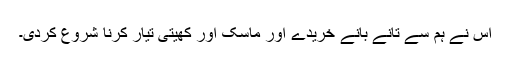
اس نے ہم سے تانے بانے خریدے اور ماسک اور کھیتی تیار کرنا شروع کردی۔